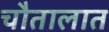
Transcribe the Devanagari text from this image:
चौतालात